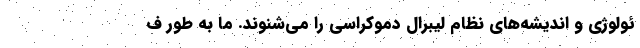
ئولوژی و انديشه‌های نظام ليبرال دموكراسی را مي‌شنوند. ما به طور ف